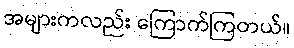
အများကလည်း ကြောက်ကြတယ်။